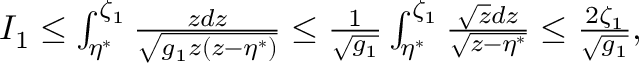
\begin{array} { r } { I _ { 1 } \leq \int _ { \eta ^ { * } } ^ { \zeta _ { 1 } } \frac { z d z } { \sqrt { { g } _ { 1 } z ( z - \eta ^ { * } ) } } \leq \frac { 1 } { \sqrt { { g } _ { 1 } } } \int _ { \eta ^ { * } } ^ { \zeta _ { 1 } } \frac { \sqrt { z } d z } { \sqrt { z - \eta ^ { * } } } \leq \frac { 2 \zeta _ { 1 } } { \sqrt { { g } _ { 1 } } } , } \end{array}